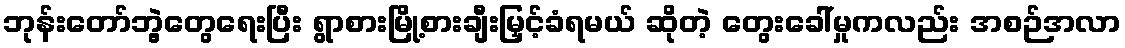
ဘုန်းတော်ဘွဲ့တွေရေးပြီး ရွာစားမြို့စားချီးမြှင့်ခံရမယ် ဆိုတဲ့ တွေးခေါ်မှုကလည်း အစဉ်အလာ